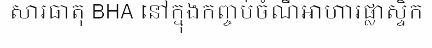
សារធាតុ BHA នៅក្នុងកញ្ចប់ចំណីអាហារផ្លាស្ទិក